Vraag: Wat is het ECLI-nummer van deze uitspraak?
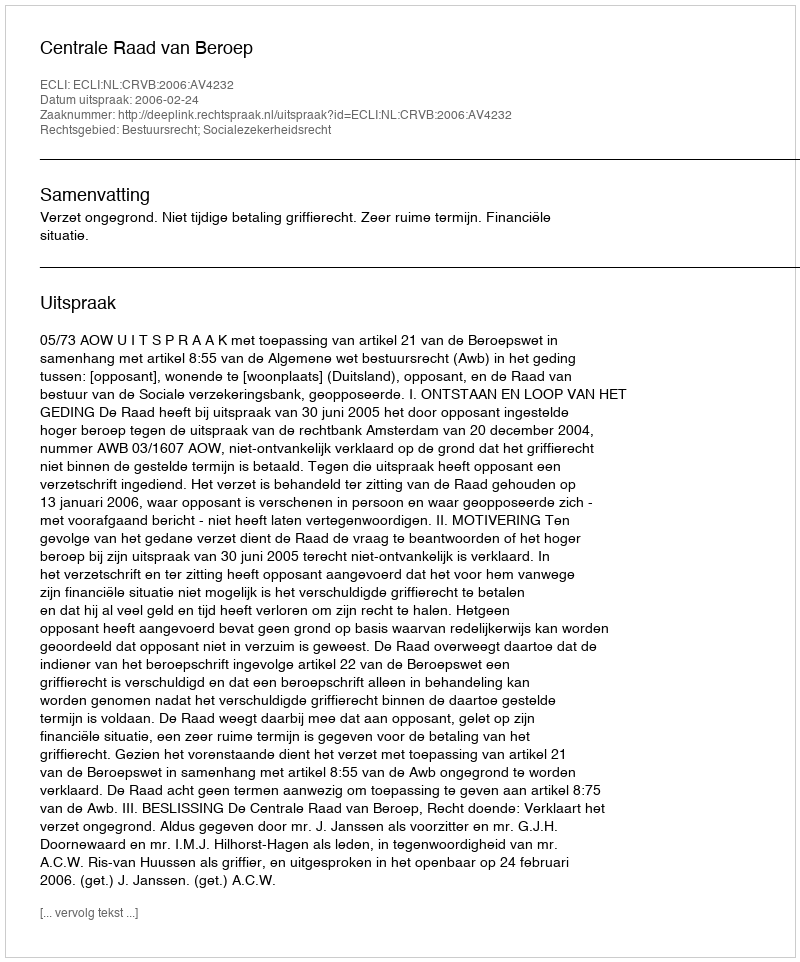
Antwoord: ECLI:NL:CRVB:2006:AV4232